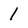
Character: 1